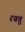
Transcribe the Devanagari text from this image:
रयतु